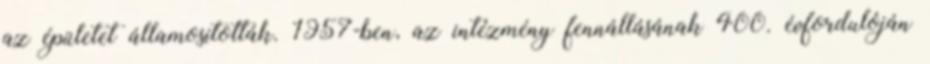
az épületet államosították. 1957-ben, az intézmény fennállásának 400. évfordulóján